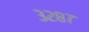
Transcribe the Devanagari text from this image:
३२८७